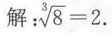
解： $$\sqrt[3]{8} = 2$$.